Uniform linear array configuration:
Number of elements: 64
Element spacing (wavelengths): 0.25
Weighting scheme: exponential
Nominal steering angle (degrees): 45
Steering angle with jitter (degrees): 43.801
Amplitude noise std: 0.05
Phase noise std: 0.05

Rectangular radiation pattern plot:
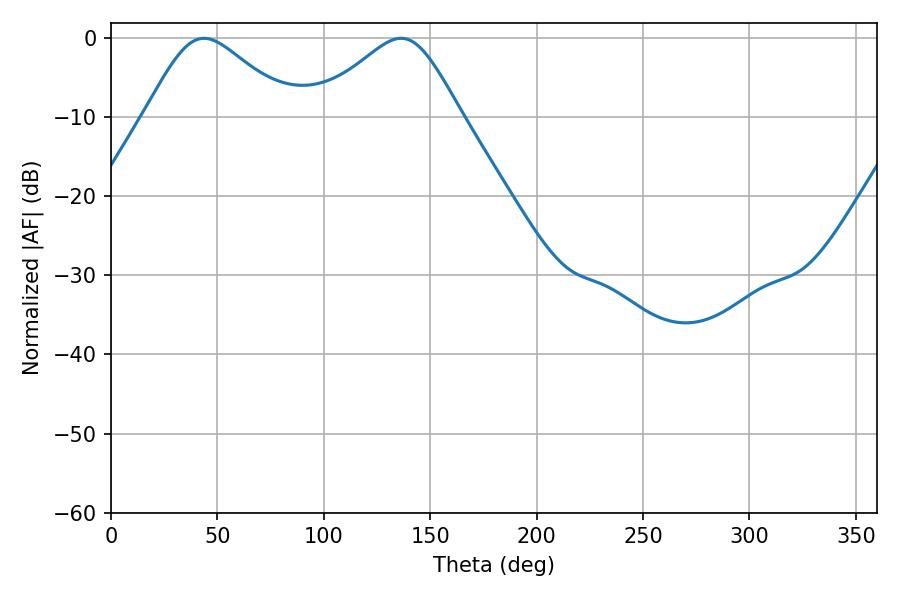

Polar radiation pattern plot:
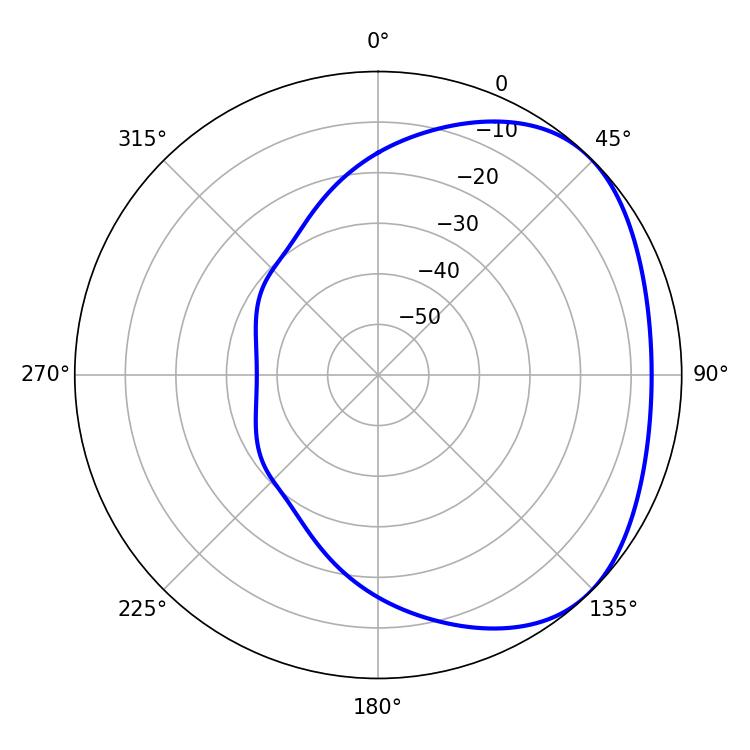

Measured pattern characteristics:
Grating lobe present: FALSE
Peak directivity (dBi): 2.949
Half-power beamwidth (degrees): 34.02
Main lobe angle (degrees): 43.74